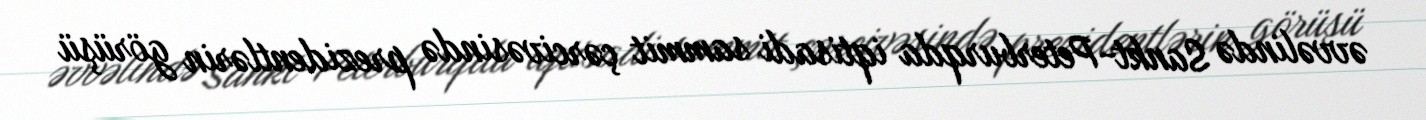
əvvəlində Sankt-Peterburqda iqtisadi sammit çərcivəsində prezidentlərin görüşü